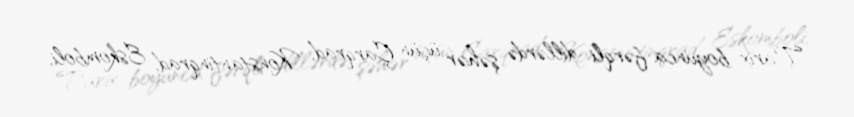
Tarix boyunca fərqli dillərdə şəhər üçün Çarqrad, Konstantinqrad, Eskomboli,